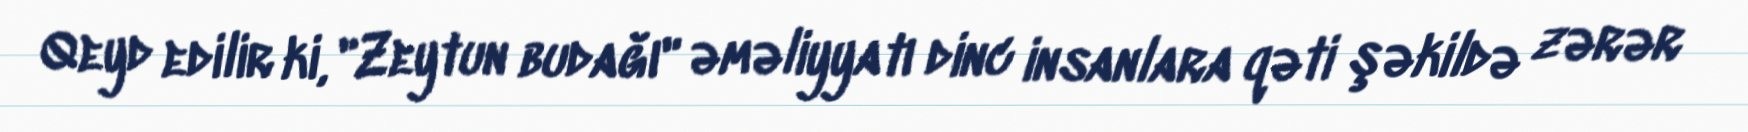
Qeyd edilir ki, "Zeytun budağı" əməliyyatı dinc insanlara qəti şəkildə zərər